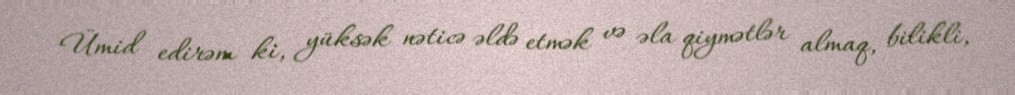
Ümid edirəm ki, yüksək nəticə əldə etmək və əla qiymətlər almaq, bilikli,